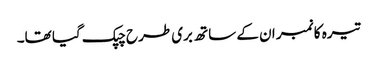
تیرہ کا نمبر ان کے ساتھ بری طرح چپک گیا تھا۔